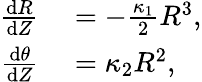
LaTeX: \begin{array}{rl}{\frac{\mathrm{d}R}{\mathrm{d}Z}}&{{}=-\frac{\kappa_{1}}{2}R^{3},}\\ {\frac{\mathrm{d}\theta}{\mathrm{d}Z}}&{{}=\kappa_{2}R^{2},}\end{array}